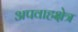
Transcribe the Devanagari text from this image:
अपवाहक्षेत्र